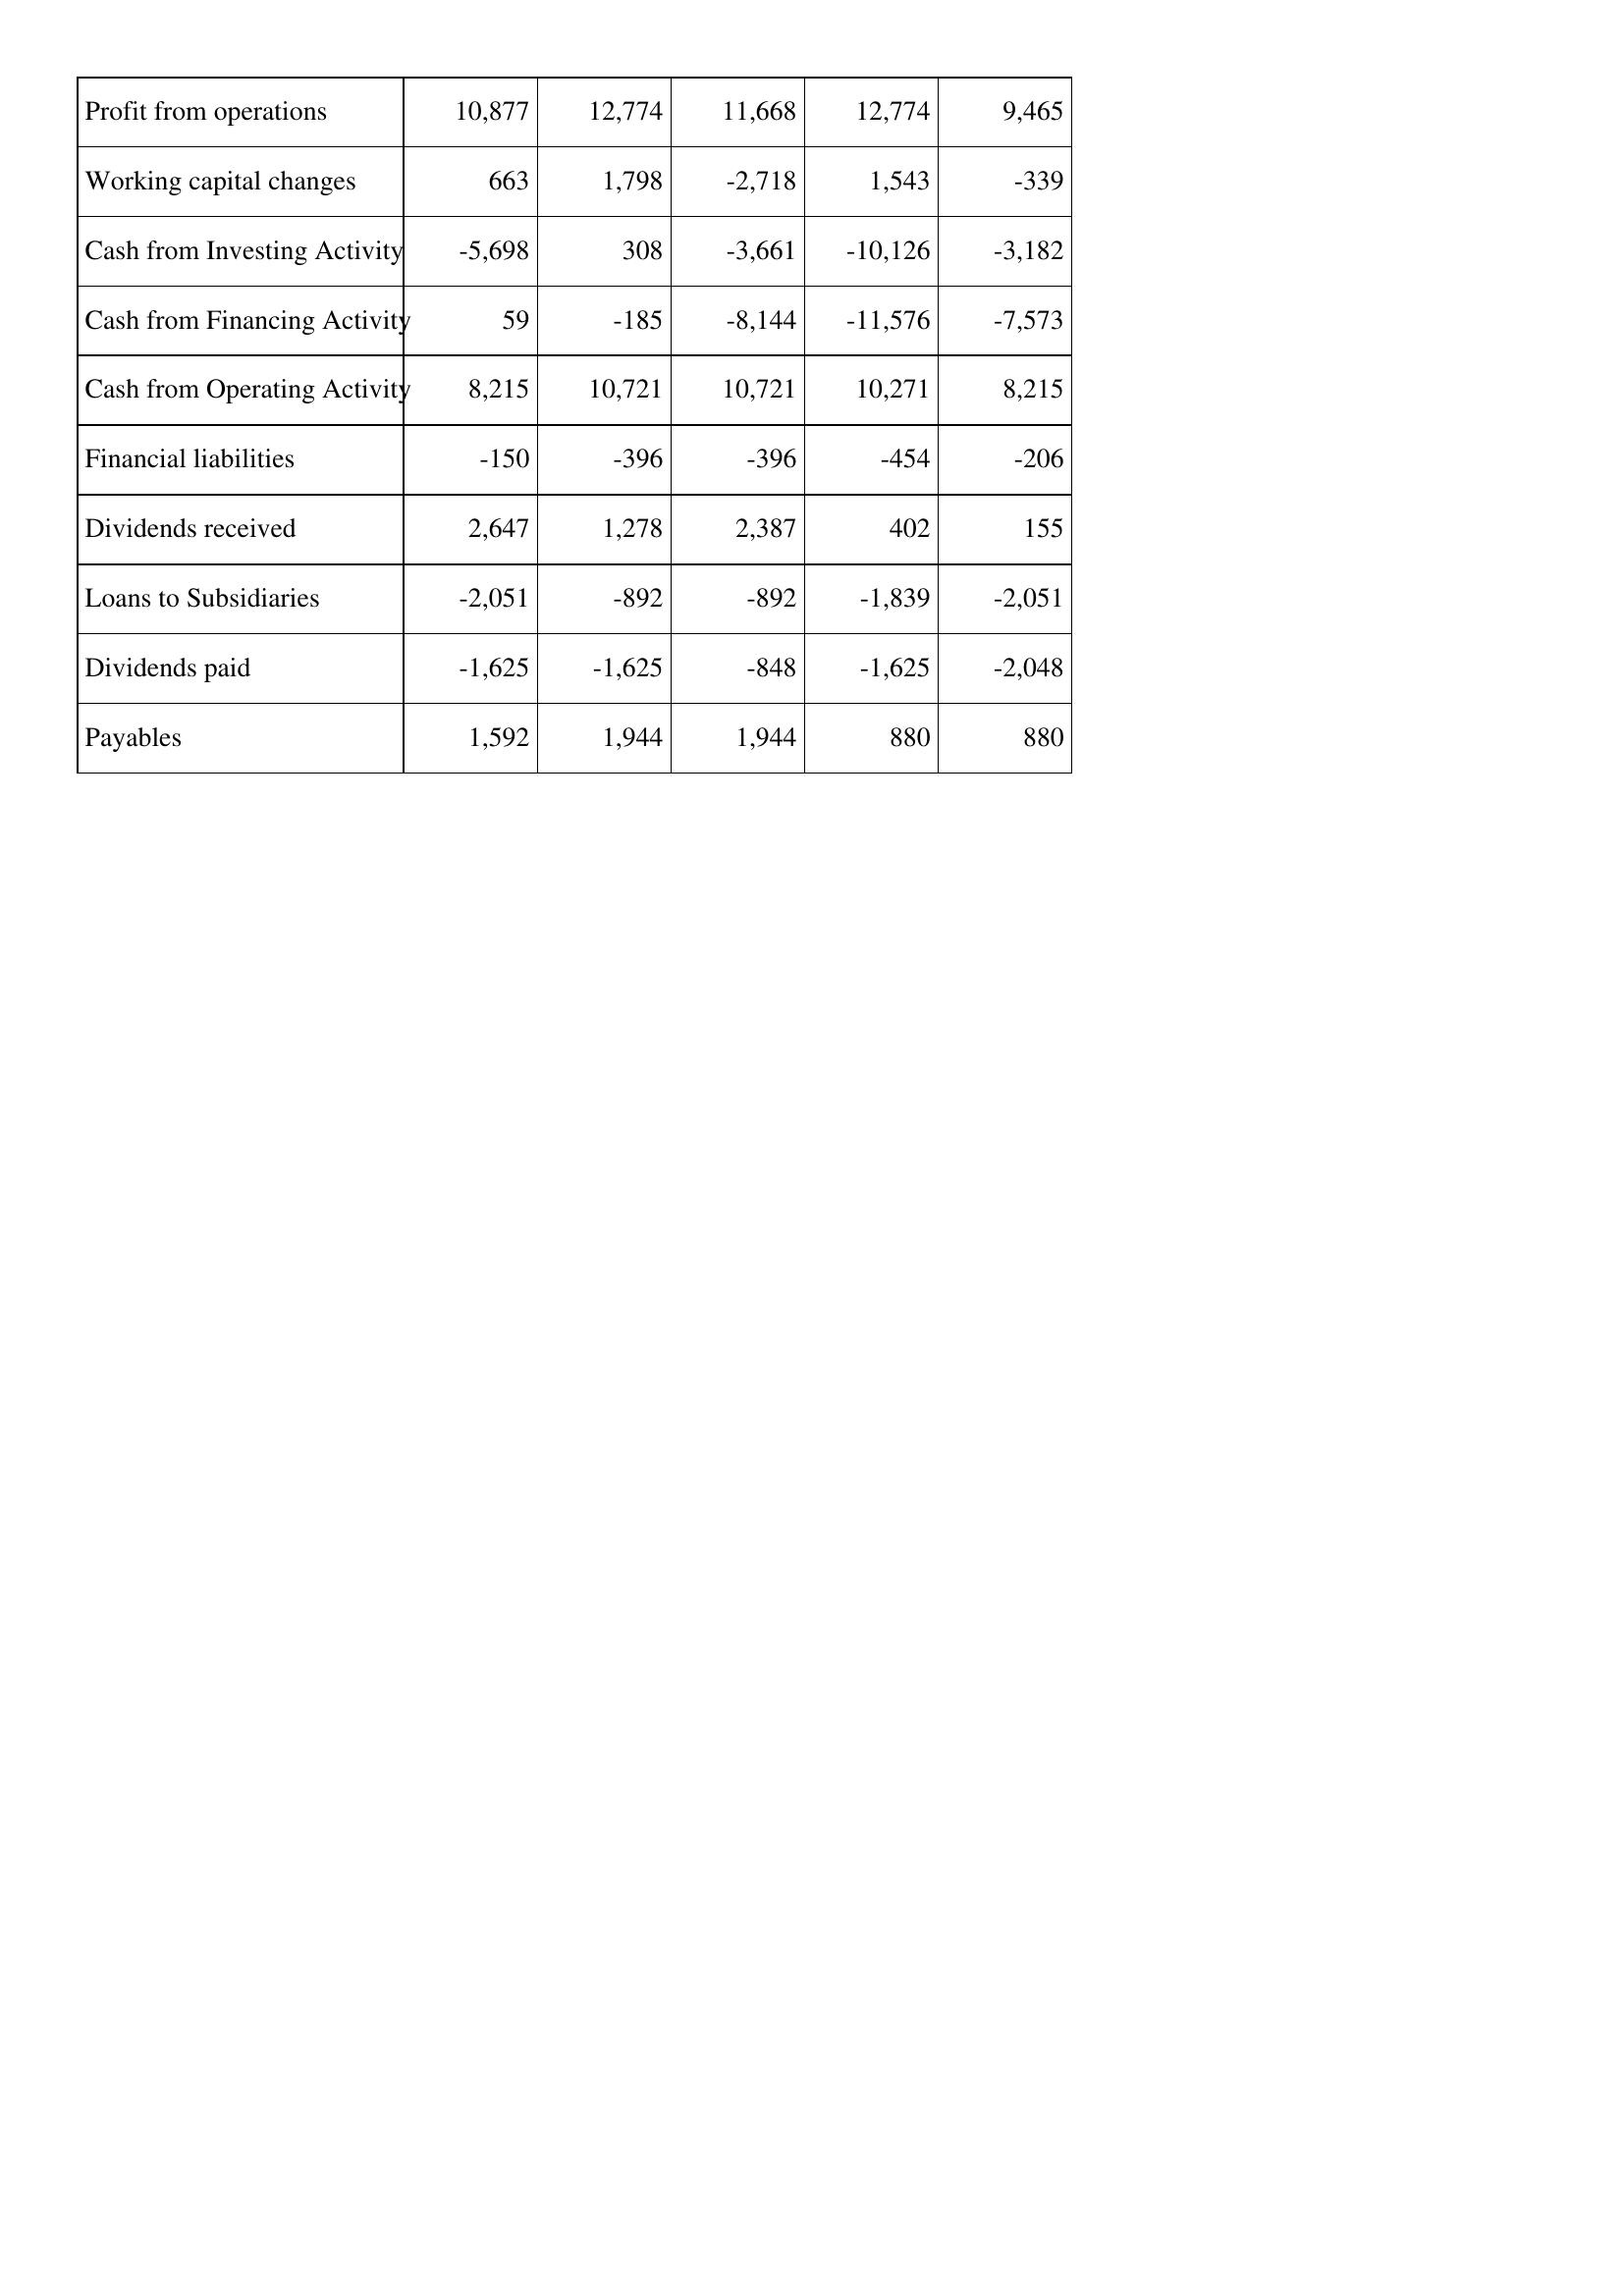
May-18: Cash Flows: Profit from operations: 10,877
Working capital changes: 663
Cash from Investing Activity: -5,698
Cash from Financing Activity: 59
Cash from Operating Activity: 8,215
Financial liabilities: -150
Dividends received: 2,647
Loans to Subsidiaries: -2,051
Dividends paid: -1,625
Payables: 1,592
May-17: Cash Flows: Profit from operations: 12,774
Working capital changes: 1,798
Cash from Investing Activity: 308
Cash from Financing Activity: -185
Cash from Operating Activity: 10,721
Financial liabilities: -396
Dividends received: 1,278
Loans to Subsidiaries: -892
Dividends paid: -1,625
Payables: 1,944
May-16: Cash Flows: Profit from operations: 11,668
Working capital changes: -2,718
Cash from Investing Activity: -3,661
Cash from Financing Activity: -8,144
Cash from Operating Activity: 10,721
Financial liabilities: -396
Dividends received: 2,387
Loans to Subsidiaries: -892
Dividends paid: -848
Payables: 1,944
May-15: Cash Flows: Profit from operations: 12,774
Working capital changes: 1,543
Cash from Investing Activity: -10,126
Cash from Financing Activity: -11,576
Cash from Operating Activity: 10,271
Financial liabilities: -454
Dividends received: 402
Loans to Subsidiaries: -1,839
Dividends paid: -1,625
Payables: 880
May-14: Cash Flows: Profit from operations: 9,465
Working capital changes: -339
Cash from Investing Activity: -3,182
Cash from Financing Activity: -7,573
Cash from Operating Activity: 8,215
Financial liabilities: -206
Dividends received: 155
Loans to Subsidiaries: -2,051
Dividends paid: -2,048
Payables: 880